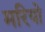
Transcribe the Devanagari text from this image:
मरियो